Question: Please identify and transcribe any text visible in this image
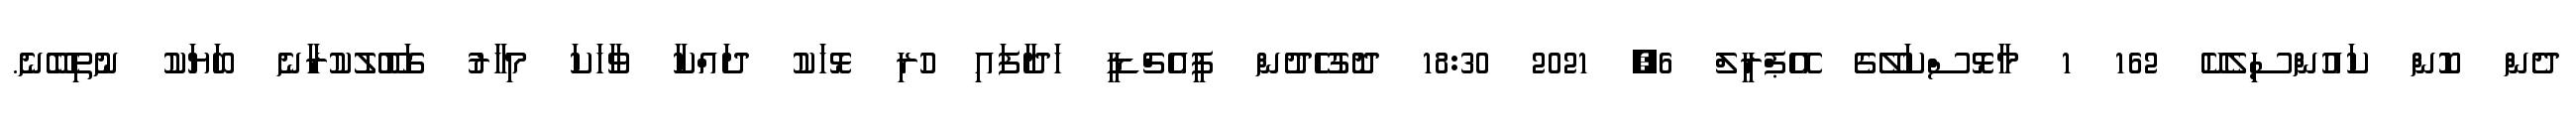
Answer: ދެން ކޮން ކައުންސިލެކޭ 162 1 މާޅޮސްކަލޭގެ އޭޕްރީލް 6, 2021 18:30 ދޮގުހެދުން ޕީއެޗްޑީ ހަދާފައި ހުރި ޅޮހަކު ދައްކާ ވާހަކަ މިހާރު ގަބޫލުކުރާނެ ބަޔަކު ނުތިބޭނެ.